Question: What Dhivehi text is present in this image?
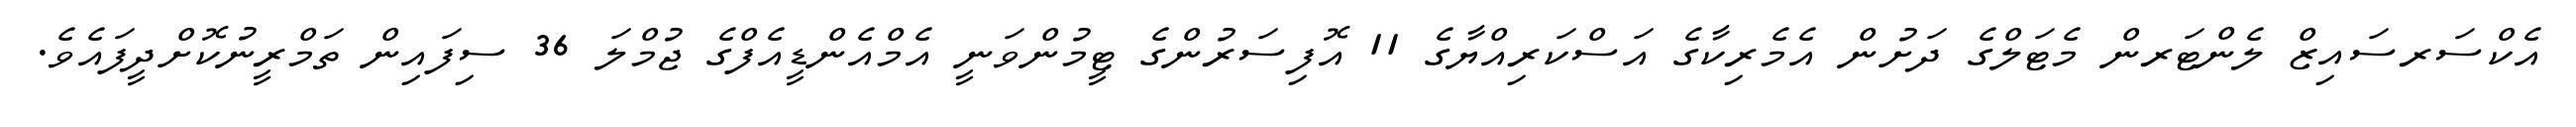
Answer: އެކްސަރސައިޒް ލެންޓަރން މެޓަލްގެ ދަށުން އެމެރިކާގެ އަސްކަރިއްޔާގެ 11 އޮފިސަރުންގެ ޓީމުންވަނީ އެމްއެންޑީއެފްގެ ޖުމްލަ 36 ސިފައިން ތަމްރީނުކޮށްދީފައެވެ.